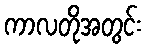
ကာလတိုအတွင်း